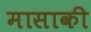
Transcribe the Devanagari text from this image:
मासाकी